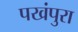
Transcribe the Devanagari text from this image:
पखंपुरा